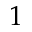
1